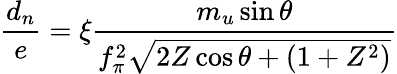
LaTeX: {\frac{d_{n}}{e}}=\xi{\frac{m_{u}\sin\theta}{f_{\pi}^{2}\sqrt{2Z\cos\theta+(1+Z^{2})}}}